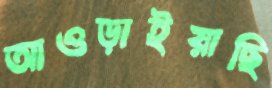
আওড়াইয়াছি